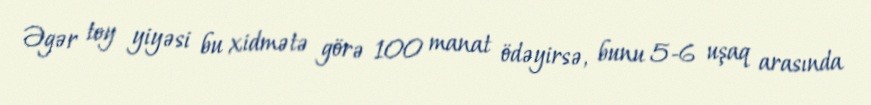
Əgər toy yiyəsi bu xidmətə görə 100 manat ödəyirsə, bunu 5-6 uşaq arasında